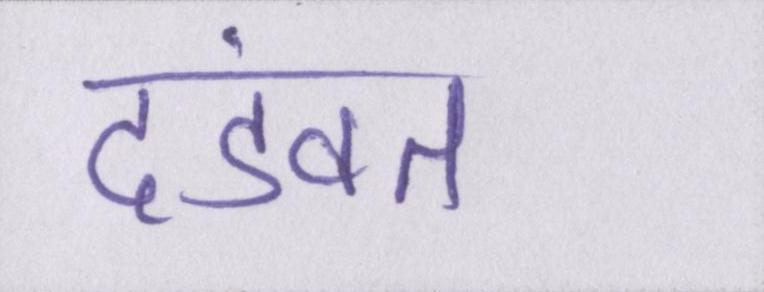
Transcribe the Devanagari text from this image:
दंडवत